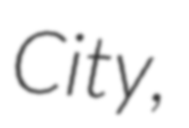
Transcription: City,